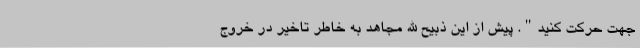
جهت حرکت کنید". پیش از این ذبیح الله مجاهد به خاطر تاخیر در خروج